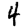
Digit: 4